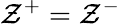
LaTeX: \mathcal{Z}^{+}=\mathcal{Z}^{-}